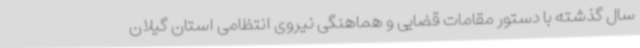
سال گذشته با دستور مقامات قضایی و هماهنگی نیروی انتظامی استان گیلان